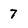
Character: 7